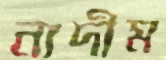
নাদীম